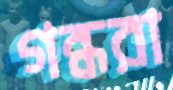
গন্ধরা